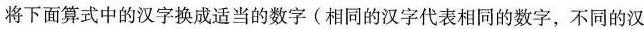
将下面算式中的汉字换成适当的数字(相同的汉